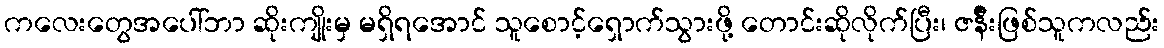
ကလေးတွေအပေါ်ဘာ ဆိုးကျိုးမှ မရှိရအောင် သူစောင့်ရှောက်သွားဖို့ တောင်းဆိုလိုက်ပြီး၊ ဇန်ီးဖြစ်သူကလည်း